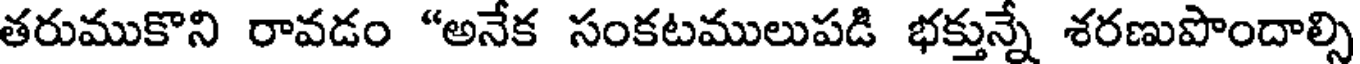
తరుముకొని రావడం "అనేక సంకటములుపడి భక్తున్నే శరణుపొందాల్సి